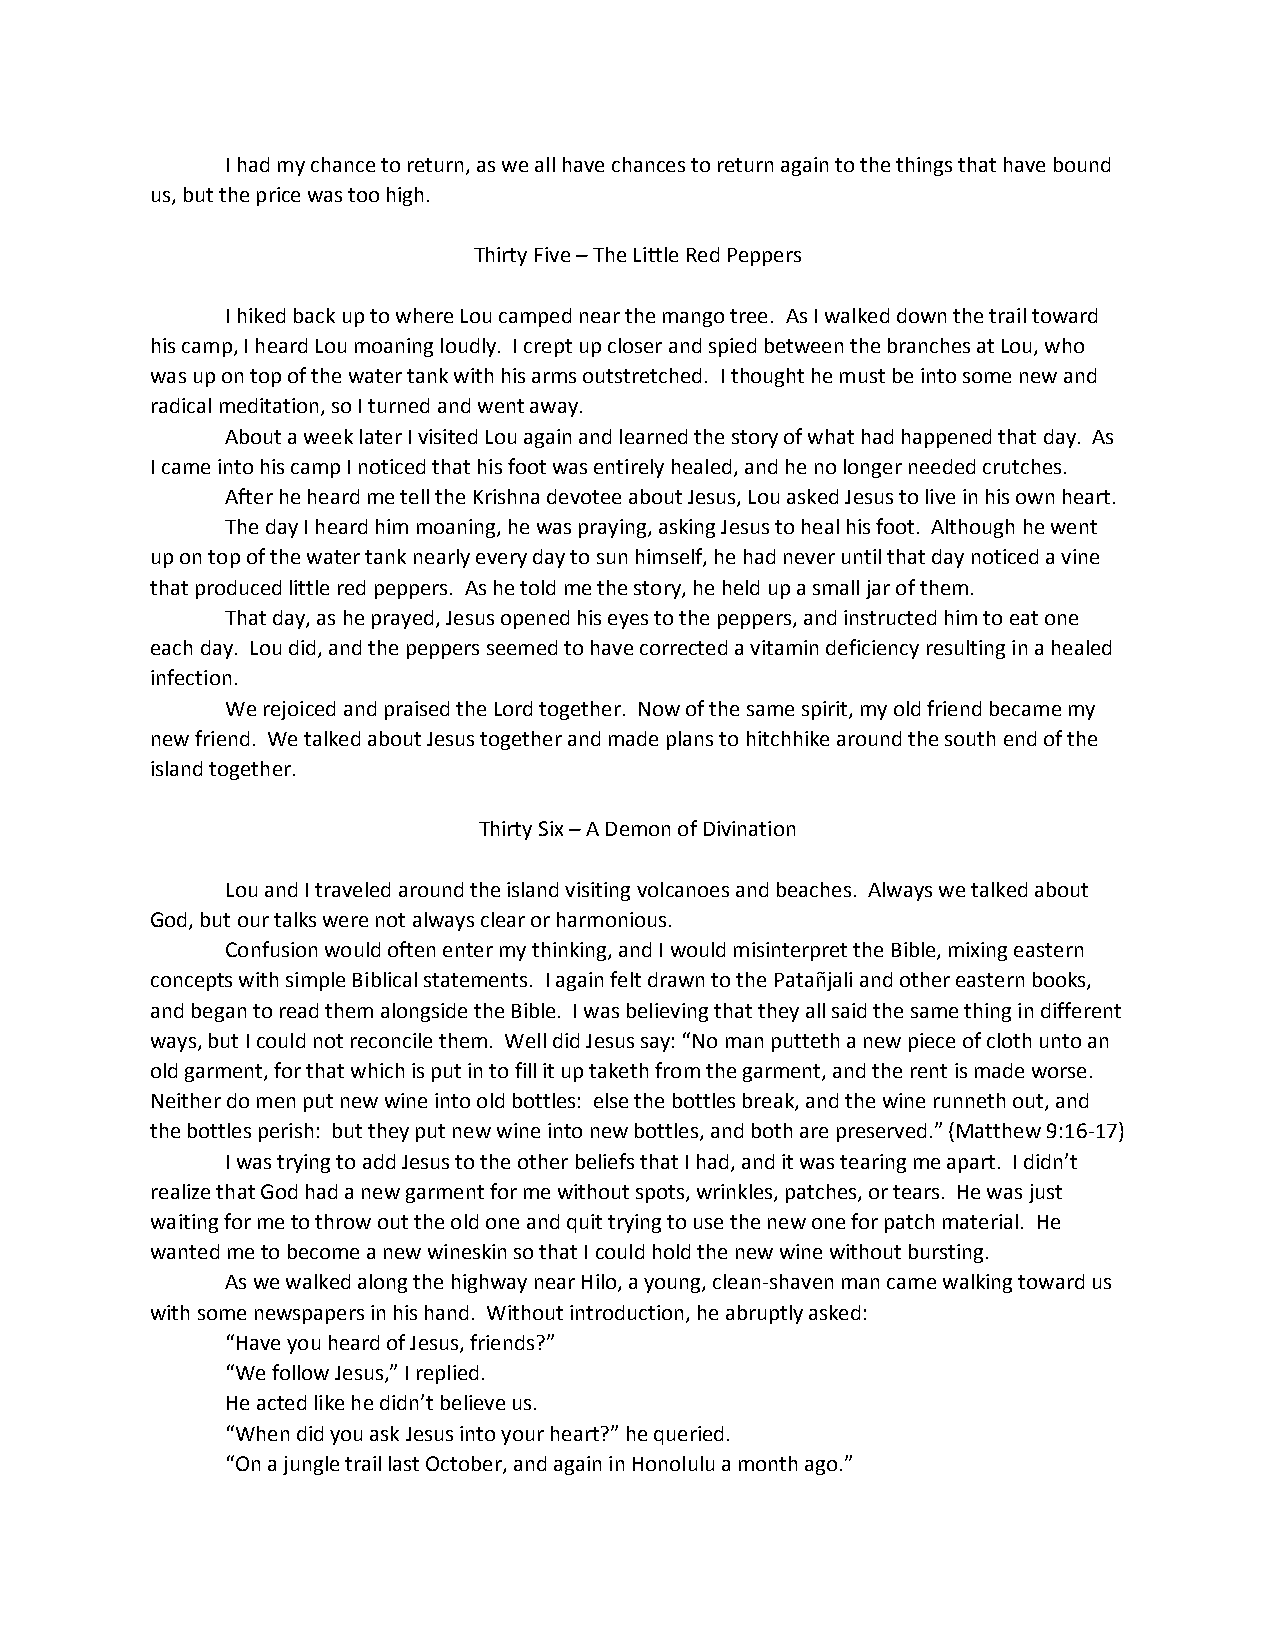
I had my chance to return, as we all have chances to return again to the things that have bound
 us, but the price was too high.
 Thirty Five – The Little Red Peppers
 I hiked back up to where Lou camped near the mango tree. As I walked down the trail toward
 his camp, I heard Lou moaning loudly. I crept up closer and spied between the branches at Lou, who
 was up on top of the water tank with his arms outstretched. I thought he must be into some new and
 radical meditation, so I turned and went away.
 About a week later I visited Lou again and learned the story of what had happened that day. As
 I came into his camp I noticed that his foot was entirely healed, and he no longer needed crutches.
 After he heard me tell the Krishna devotee about Jesus, Lou asked Jesus to live in his own heart.
 The day I heard him moaning, he was praying, asking Jesus to heal his foot. Although he went
 up on top of the water tank nearly every day to sun himself, he had never until that day noticed a vine
 that produced little red peppers. As he told me the story, he held up a small jar of them.
 That day, as he prayed, Jesus opened his eyes to the peppers, and instructed him to eat one
 each day. Lou did, and the peppers seemed to have corrected a vitamin deficiency resulting in a healed
 infection.
 We rejoiced and praised the Lord together. Now of the same spirit, my old friend became my
 new friend. We talked about Jesus together and made plans to hitchhike around the south end of the
 island together.
 Thirty Six – A Demon of Divination
 Lou and I traveled around the island visiting volcanoes and beaches. Always we talked about
 God, but our talks were not always clear or harmonious.
 Confusion would often enter my thinking, and I would misinterpret the Bible, mixing eastern
 concepts with simple Biblical statements. I again felt drawn to the Patañjali and other eastern books,
 and began to read them alongside the Bible. I was believing that they all said the same thing in different
 ways, but I could not reconcile them. Well did Jesus say: “No man putteth a new piece of cloth unto an
 old garment, for that which is put in to fill it up taketh from the garment, and the rent is made worse.
 Neither do men put new wine into old bottles: else the bottles break, and the wine runneth out, and
 the bottles perish: but they put new wine into new bottles, and both are preserved.” (Matthew 9:16-17)
 I was trying to add Jesus to the other beliefs that I had, and it was tearing me apart. I didn’t
 realize that God had a new garment for me without spots, wrinkles, patches, or tears. He was just
 waiting for me to throw out the old one and quit trying to use the new one for patch material. He
 wanted me to become a new wineskin so that I could hold the new wine without bursting.
 As we walked along the highway near Hilo, a young, clean-shaven man came walking toward us
 with some newspapers in his hand. Without introduction, he abruptly asked:
 “Have you heard of Jesus, friends?”
 “We follow Jesus,” I replied.
 He acted like he didn’t believe us.
 “When did you ask Jesus into your heart?” he queried.
 “On a jungle trail last October, and again in Honolulu a month ago.”